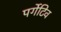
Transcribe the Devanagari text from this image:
पर्गेटिव